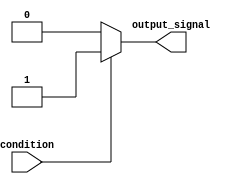
module if_else_example (
    input wire condition,
    output reg output_signal
);

always @(*)
begin
    if (condition == 1'b1) begin
        output_signal = 1'b1;
    end
    else begin
        output_signal = 1'b0;
    end
end

endmodule